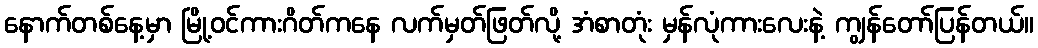
နောက်တစ်နေ့မှာ မြို့ဝင်ကားဂိတ်ကနေ လက်မှတ်ဖြတ်လို့ အံစာတုံး မှန်လုံကားလေးနဲ့ ကျွန်တော်ပြန်တယ်။